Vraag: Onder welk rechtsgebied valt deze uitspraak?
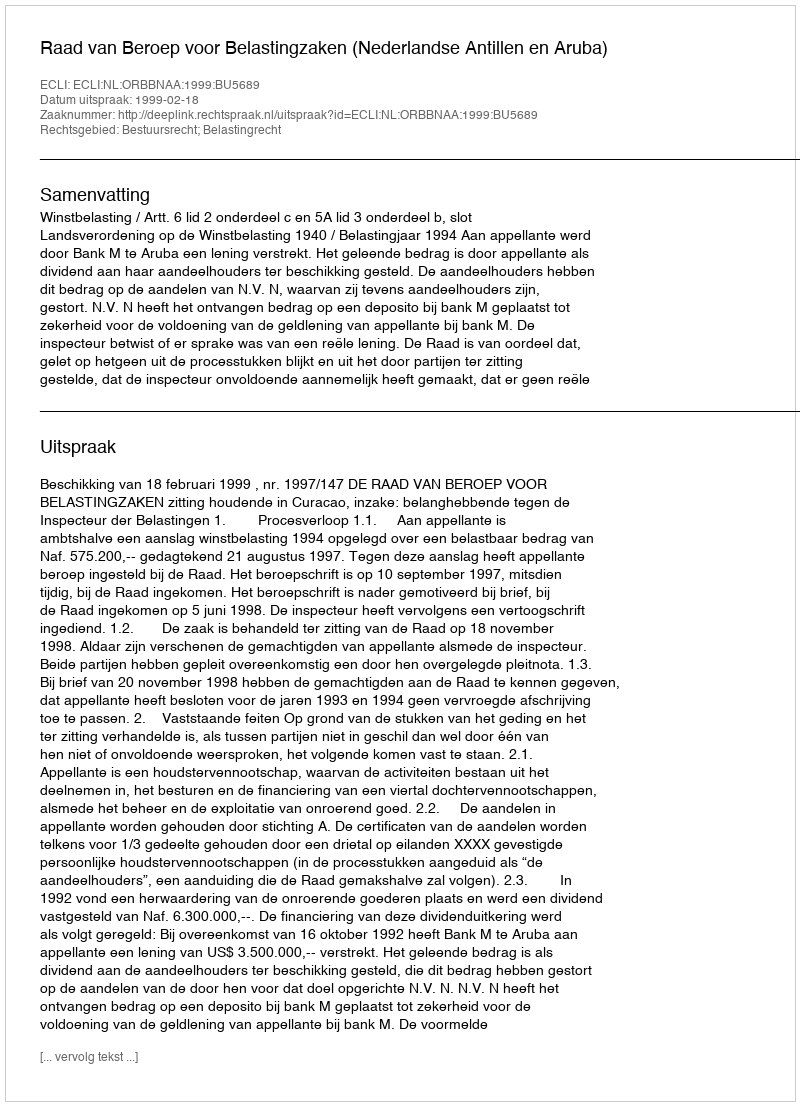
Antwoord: Bestuursrecht; Belastingrecht